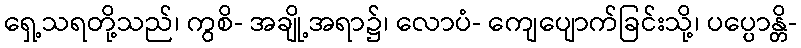
ရှေ့သရတို့သည်၊ ကွစိ- အချို့အရာ၌၊ လောပံ- ကျေပျောက်ခြင်းသို့၊ ပပ္ပောန္တိ-